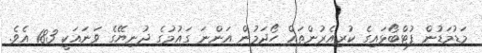
މަޑުމަޑުން ފުޓްބޯޅައިގެ ކުރިއެރުންތައް ހޯދަމުން އަންނަ ގައުމުގެ ދުނިޔޭގެ ވަނައަކީ 183 އެވެ.